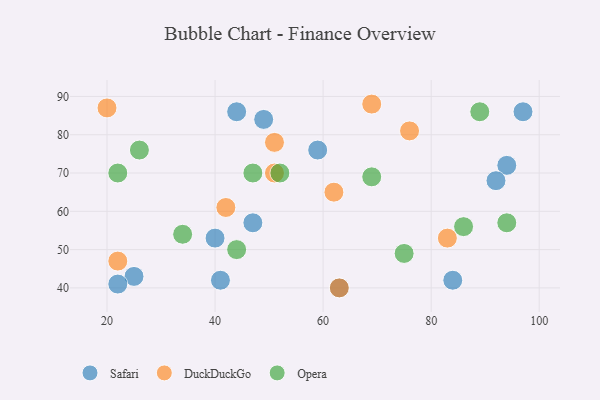
{"axis": {"x": "GDP", "y": "Life Expectancy"}, "legend": ["DuckDuckGo", "Opera", "Safari"], "data": [{"x": "97", "y": 86, "type": "Safari"}, {"x": "94", "y": 72, "type": "Safari"}, {"x": "63", "y": 40, "type": "Safari"}, {"x": "41", "y": 42, "type": "Safari"}, {"x": "49", "y": 84, "type": "Safari"}, {"x": "25", "y": 43, "type": "Safari"}, {"x": "40", "y": 53, "type": "Safari"}, {"x": "84", "y": 42, "type": "Safari"}, {"x": "44", "y": 86, "type": "Safari"}, {"x": "22", "y": 41, "type": "Safari"}, {"x": "59", "y": 76, "type": "Safari"}, {"x": "47", "y": 57, "type": "Safari"}, {"x": "92", "y": 68, "type": "Safari"}, {"x": "51", "y": 78, "type": "DuckDuckGo"}, {"x": "22", "y": 47, "type": "DuckDuckGo"}, {"x": "69", "y": 88, "type": "DuckDuckGo"}, {"x": "20", "y": 87, "type": "DuckDuckGo"}, {"x": "42", "y": 61, "type": "DuckDuckGo"}, {"x": "63", "y": 40, "type": "DuckDuckGo"}, {"x": "62", "y": 65, "type": "DuckDuckGo"}, {"x": "51", "y": 70, "type": "DuckDuckGo"}, {"x": "83", "y": 53, "type": "DuckDuckGo"}, {"x": "76", "y": 81, "type": "DuckDuckGo"}, {"x": "89", "y": 86, "type": "Opera"}, {"x": "47", "y": 70, "type": "Opera"}, {"x": "22", "y": 70, "type": "Opera"}, {"x": "34", "y": 54, "type": "Opera"}, {"x": "26", "y": 76, "type": "Opera"}, {"x": "75", "y": 49, "type": "Opera"}, {"x": "86", "y": 56, "type": "Opera"}, {"x": "44", "y": 50, "type": "Opera"}, {"x": "94", "y": 57, "type": "Opera"}, {"x": "69", "y": 69, "type": "Opera"}, {"x": "52", "y": 70, "type": "Opera"}]}